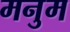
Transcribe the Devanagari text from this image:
मनुम